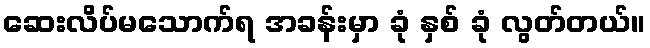
ဆေးလိပ်မသောက်ရ အခန်းမှာ ခုံ နှစ် ခုံ လွတ်တယ်။